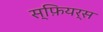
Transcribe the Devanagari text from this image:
स्फ़ियर्स